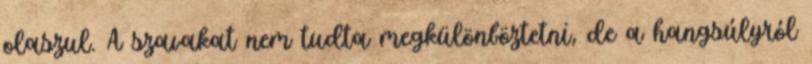
olaszul. A szavakat nem tudta megkülönböztetni, de a hangsúlyról